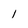
Character: 1